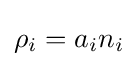
\rho _{i}=a_{i}n_{i}